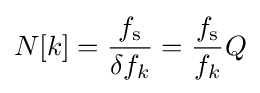
N[k]={\frac {f_{\text{s}}}{\delta f_{k}}}={\frac {f_{\text{s}}}{f_{k}}}Q